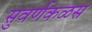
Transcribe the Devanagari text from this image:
सुवर्णकळस